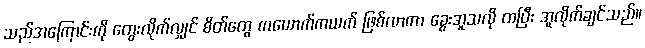
သည်အကြောင်းကို တွေးလိုက်လျှင် စိတ်တွေ ကယောက်ကယက် ဖြစ်လာကာ ခွေးအူသလို ထပြီး အူလိုက်ချင်သည်။